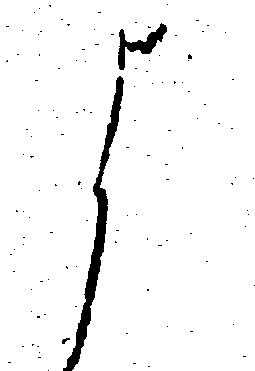
よ